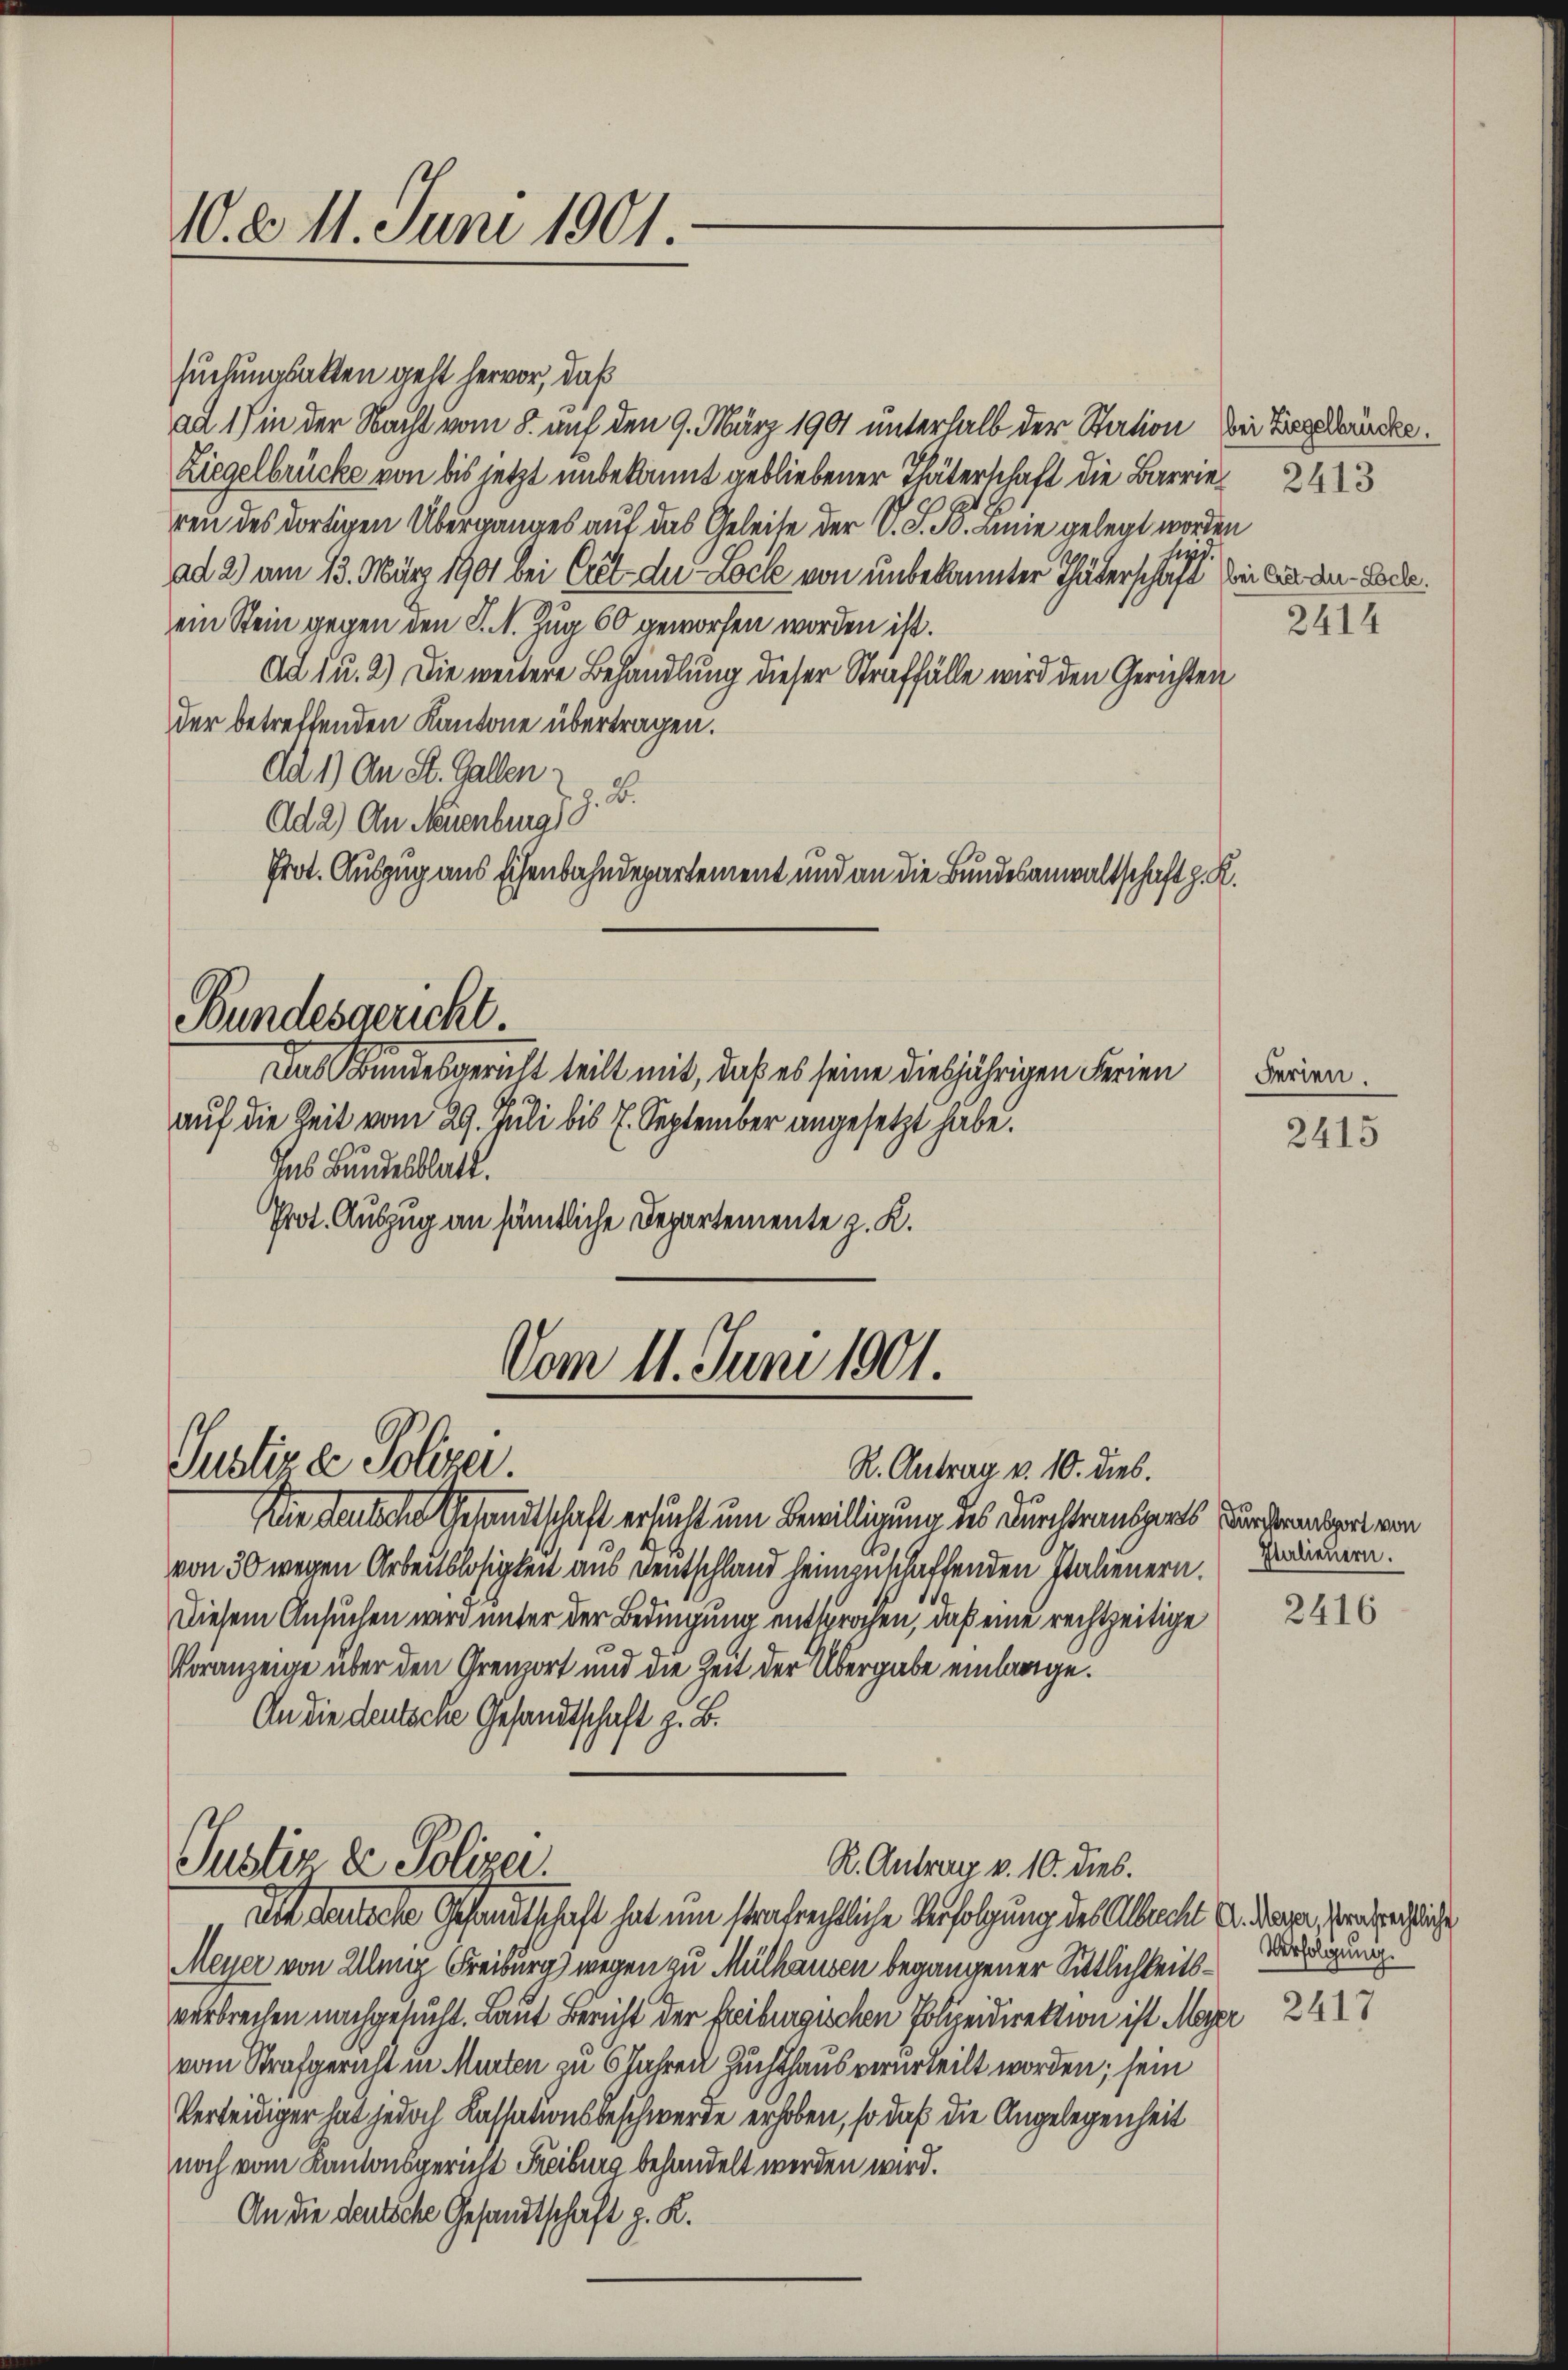
10. d. 11. Juni 1901.

suchungsakten geht hervor, daß
aa 1) in der Nacht vom 8. auf den 9. März 1901 unterhalb der Station bei Ziegerücke.
Ziegelbrücke von bis jetzt unbekannt gebliebener Thäterschaft die Barrie
ren des dortigen Überganges auf das Geleite der V. P. F. Linie gelegt worden
ad 2) am 13. März 1901 bei Cret- der Loch von unbekannter Thäterschaft er das den Beleein Stein gegen den S. N. Zug 60 geworfen worden ist.
Ad u. 2.) Die weitere Behandlung dieser Straffälle wird den Gerichten
der betreffenden Kantone übertragen.
dd 1) An St. Gallen
2.
Ad 2) An Neuenburg
Prot. Auszug aus Eisenbahndepartement und an die Bundesanwaltschaft z. K.

Bundesgericht

Vom 11. Juni 1901.
Justiz & Polizei.

Das Bundesgericht teilt mit, daß es seine diesjährigen Ferien
auf die Zeit vom 29. Juli bis 7. September angesetzt habe.
Das Bundesblatt.
Prot. Auszug an sämtliche Departemente z. K.

Die deutsche Gesandtschaft ersucht um Bewilligung des Durchtrautgarts Verdrängert von
von 30 wegen Arbeitslosigkeit aus Deutschland heimzuschaffenden Italienern.
Diesem Ansuchen wird unter der Bedingung entsprochen, daß eine rechtzeitige
Voranzeige über den Grenzort und die Zeit der Übergabe einlange.
An die deutsche Gesandtschaft z. B.

R. Antrag v. 10. dies.

Justiz & Polizei.
R. Antrag v. 10. dies.
dn denkerte Gesandtschaft hat um strafrechtliche Verfolgung des Albrecht Antragen, serabreichliche

Meyer von Ulang Freiburg) wegen zu Mülhausen begangener Sittlichkeitsverbrechen nachgesucht. Laut Bericht der Freiburgischen Polizeidirektion ist Meyer 2427
vom Strafgericht in Murten zu 6 Jahren Zuchthaus verurteilt worden; sein
Verteidiger hat jedoch Kassationsbeschwerde erhoben, so daß die Angelegenheit
noch vom Kantonsgericht Freiburg behandelt werden wird.
An die deutsche Gesandtschaft z. K.

2414

Ferien.

2415

Italiennern.

2416

Verfolgung.